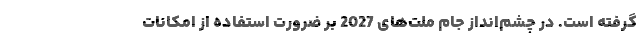
گرفته است. در چشم‌انداز جام ملت‌های 2027 بر ضرورت استفاده از امکانات